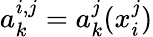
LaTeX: a_{k}^{i,j}=a_{k}^{j}(x_{i}^{j})